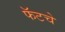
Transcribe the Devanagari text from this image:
फॅटचे